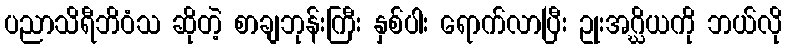
ပညာသိရီဘိဝံသ ဆိုတဲ့ စာချဘုန်းကြီး နှစ်ပါး ရောက်လာပြီး ဥုးအဂ္ဃိယကို ဘယ်လို